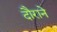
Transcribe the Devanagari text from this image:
दौराने